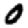
Digit: 0